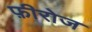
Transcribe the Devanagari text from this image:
फ़ीरोज